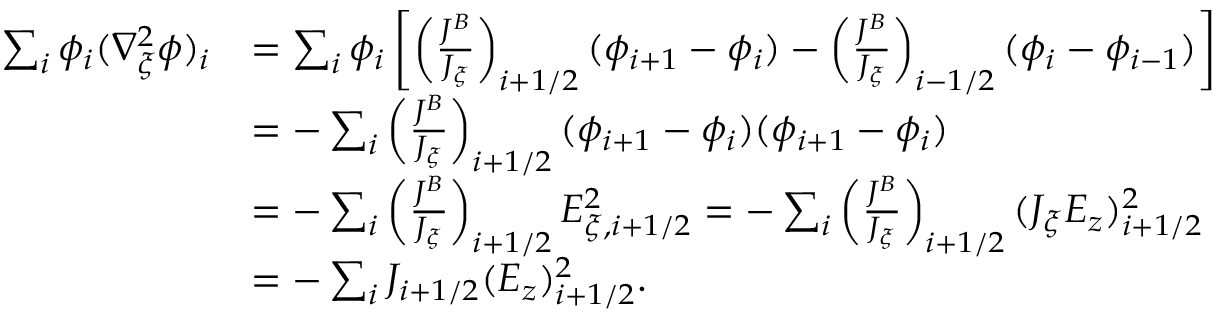
\begin{array} { r l } { \sum _ { i } \phi _ { i } ( \nabla _ { \xi } ^ { 2 } \phi ) _ { i } } & { = \sum _ { i } \phi _ { i } \left[ \left( \frac { J ^ { B } } { J _ { \xi } } \right) _ { i + 1 / 2 } ( \phi _ { i + 1 } - \phi _ { i } ) - \left( \frac { J ^ { B } } { J _ { \xi } } \right) _ { i - 1 / 2 } ( \phi _ { i } - \phi _ { i - 1 } ) \right] } \\ & { = - \sum _ { i } \left( \frac { J ^ { B } } { J _ { \xi } } \right) _ { i + 1 / 2 } ( \phi _ { i + 1 } - \phi _ { i } ) ( \phi _ { i + 1 } - \phi _ { i } ) } \\ & { = - \sum _ { i } \left( \frac { J ^ { B } } { J _ { \xi } } \right) _ { i + 1 / 2 } E _ { \xi , i + 1 / 2 } ^ { 2 } = - \sum _ { i } \left( \frac { J ^ { B } } { J _ { \xi } } \right) _ { i + 1 / 2 } ( J _ { \xi } { E _ { z } } ) _ { i + 1 / 2 } ^ { 2 } } \\ & { = - \sum _ { i } J _ { i + 1 / 2 } ( { E _ { z } } ) _ { i + 1 / 2 } ^ { 2 } . } \end{array}